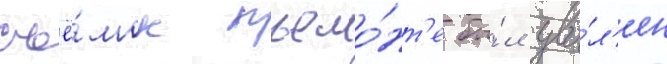
съё́мок пьемо́нт'е бы́л уво́л'ен